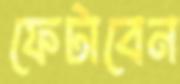
ফেটাবেন